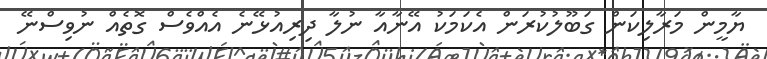
ޔާމީން މަރާލިކަން ގަބޫލުކުރަން އެކަމަކު އޭނާއާ ނުލާ ދިރިއުޅޭނެ އެއްވެސް ގޮތެއް ނުވިސްނޭ